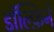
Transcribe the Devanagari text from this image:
डॉल्फ़िनें